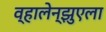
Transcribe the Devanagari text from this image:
व्हालेन्झुएला